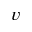
\boldsymbol { v }